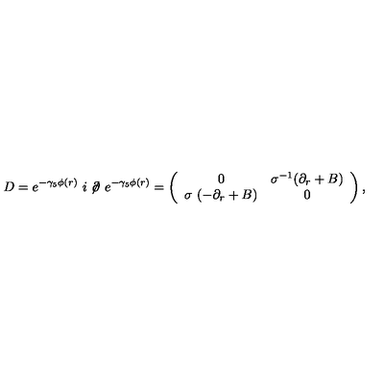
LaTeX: D = e ^ { - \gamma _ { 5 } \phi ( r ) \ } i \not \! \partial \ e ^ { - \gamma _ { 5 } \phi ( r ) } = \left( \begin{array} { c c } { 0 } & { \sigma ^ { - 1 } ( \partial _ { r } + B ) } \\ { \sigma \ ( - \partial _ { r } + B ) } & { 0 } \\ \end{array} \right) ,